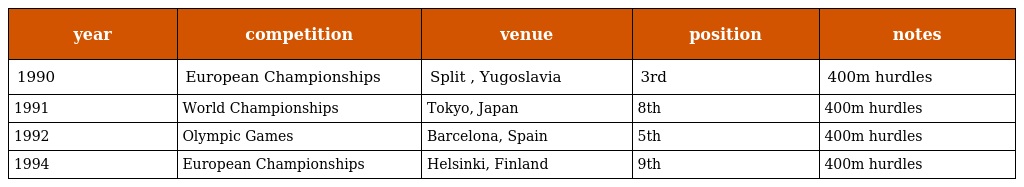
| year | competition | venue | position | notes |
 | --- | --- | --- | --- | --- |
 | 1990 | European Championships | Split , Yugoslavia | 3rd | 400m hurdles |
 | 1991 | World Championships | Tokyo, Japan | 8th | 400m hurdles |
 | 1992 | Olympic Games | Barcelona, Spain | 5th | 400m hurdles |
 | 1994 | European Championships | Helsinki, Finland | 9th | 400m hurdles |